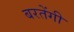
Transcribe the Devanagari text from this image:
बरतेंगी